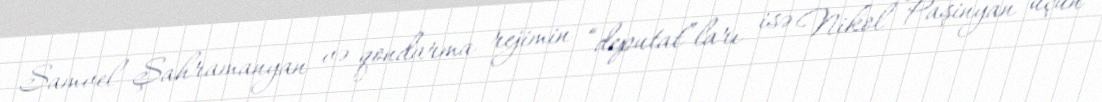
Samvel Şahramanyan və qondarma rejimin “deputat”ları isə Nikol Paşinyan üçün